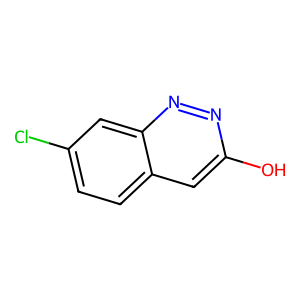
SMILES: Oc1cc2ccc(Cl)cc2nn1
Inhibits HIV replication: No